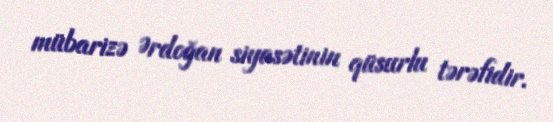
mübarizə Ərdoğan siyasətinin qüsurlu tərəfidir.